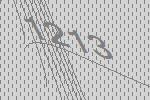
1213